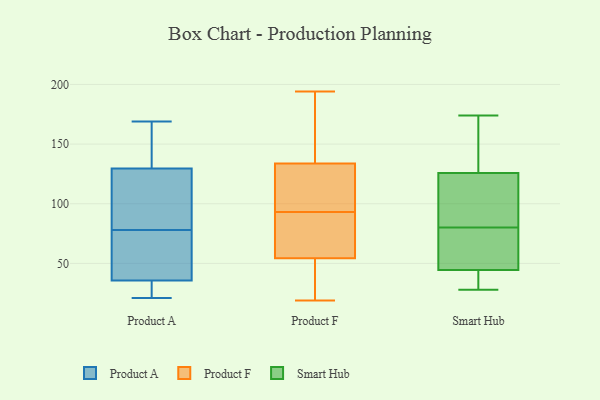
{"axis": {"x": "Energy Usage (MWh)", "y": "Value"}, "legend": ["Product A", "Product F", "Smart Hub"], "data": [{"x": "", "y": 142, "type": "Product A"}, {"x": "", "y": 35, "type": "Product A"}, {"x": "", "y": 163, "type": "Product A"}, {"x": "", "y": 88, "type": "Product A"}, {"x": "", "y": 48, "type": "Product A"}, {"x": "", "y": 90, "type": "Product A"}, {"x": "", "y": 21, "type": "Product A"}, {"x": "", "y": 38, "type": "Product A"}, {"x": "", "y": 23, "type": "Product A"}, {"x": "", "y": 169, "type": "Product A"}, {"x": "", "y": 78, "type": "Product A"}, {"x": "", "y": 92, "type": "Product A"}, {"x": "", "y": 34, "type": "Product A"}, {"x": "", "y": 152, "type": "Product A"}, {"x": "", "y": 61, "type": "Product A"}, {"x": "", "y": 19, "type": "Product F"}, {"x": "", "y": 172, "type": "Product F"}, {"x": "", "y": 121, "type": "Product F"}, {"x": "", "y": 132, "type": "Product F"}, {"x": "", "y": 149, "type": "Product F"}, {"x": "", "y": 49, "type": "Product F"}, {"x": "", "y": 77, "type": "Product F"}, {"x": "", "y": 34, "type": "Product F"}, {"x": "", "y": 194, "type": "Product F"}, {"x": "", "y": 56, "type": "Product F"}, {"x": "", "y": 139, "type": "Product F"}, {"x": "", "y": 93, "type": "Product F"}, {"x": "", "y": 60, "type": "Product F"}, {"x": "", "y": 42, "type": "Product F"}, {"x": "", "y": 93, "type": "Product F"}, {"x": "", "y": 77, "type": "Product F"}, {"x": "", "y": 102, "type": "Product F"}, {"x": "", "y": 67, "type": "Smart Hub"}, {"x": "", "y": 80, "type": "Smart Hub"}, {"x": "", "y": 37, "type": "Smart Hub"}, {"x": "", "y": 174, "type": "Smart Hub"}, {"x": "", "y": 29, "type": "Smart Hub"}, {"x": "", "y": 75, "type": "Smart Hub"}, {"x": "", "y": 115, "type": "Smart Hub"}, {"x": "", "y": 28, "type": "Smart Hub"}, {"x": "", "y": 122, "type": "Smart Hub"}, {"x": "", "y": 132, "type": "Smart Hub"}, {"x": "", "y": 127, "type": "Smart Hub"}]}